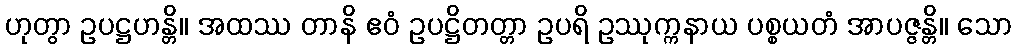
ဟုတွာ ဥပဋ္ဌဟန္တိ။ အထဿ တာနိ ဧဝံ ဥပဋ္ဌိတတ္တာ ဥပရိ ဥဿုက္ကနာယ ပစ္စယတံ အာပဇ္ဇန္တိ။ သော